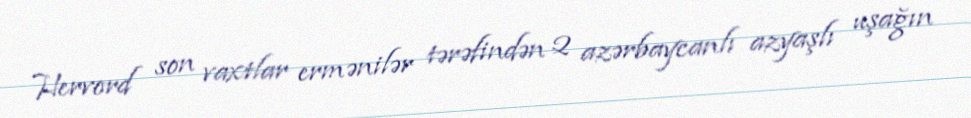
Hervord son vaxtlar ermənilər tərəfindən 2 azərbaycanlı azyaşlı uşağın